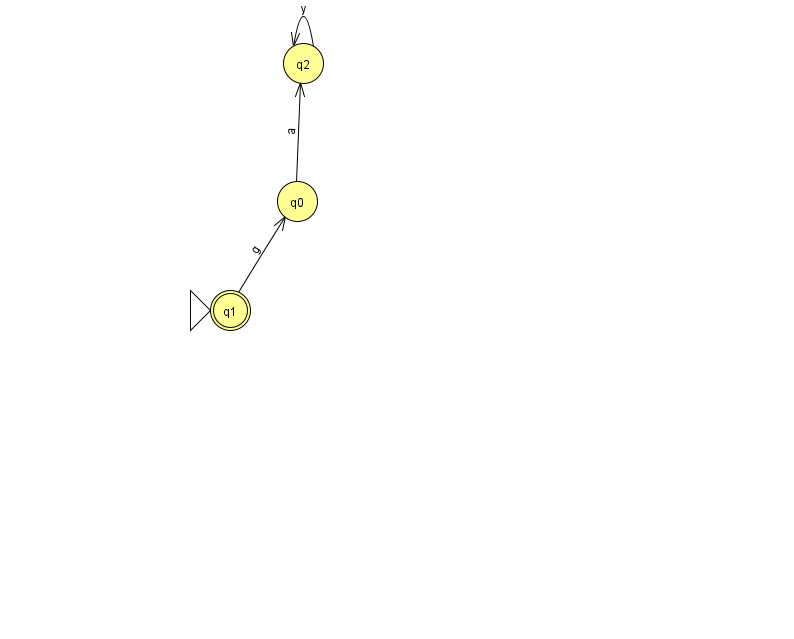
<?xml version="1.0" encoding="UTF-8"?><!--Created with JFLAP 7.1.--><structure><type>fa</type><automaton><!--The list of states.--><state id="0" name="q0"><x>297.0</x><y>188.0</y></state><state id="1" name="q1"><x>230.0</x><y>297.0</y><initial/><final/></state><state id="2" name="q2"><x>303.0</x><y>50.0</y></state><!--The list of transitions.--><transition><from>1</from><to>0</to><read>g</read></transition><transition><from>0</from><to>2</to><read>a</read></transition><transition><from>2</from><to>2</to><read>y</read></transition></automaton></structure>